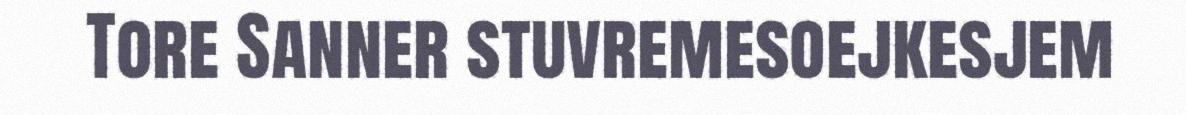
Tore Sanner stuvremesoejkesjem